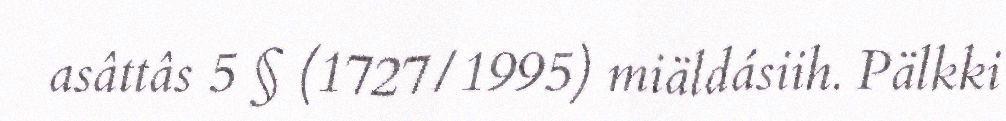
asâttâs 5 § (1727/1995) miäldásiih. Pälkki